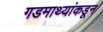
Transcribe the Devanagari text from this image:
गडमाथ्यांकडून